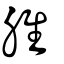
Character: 脽